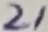
Text: 21